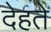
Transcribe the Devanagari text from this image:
देहते